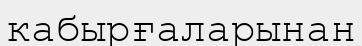
кабырғаларынан